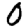
Digit: 0